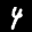
Label: 4